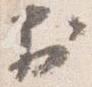
於